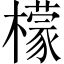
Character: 檬